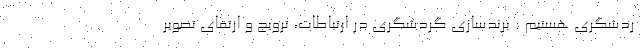
ردشگری هستیم : برندسازی گردشگری در ارتباطات، ترویج و ارتقای تصویر